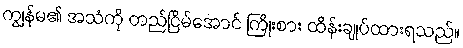
ကျွန်မ၏ အသံကို တည်ငြိမ်အောင် ကြိုးစား ထိန်းချုပ်ထားရသည်။